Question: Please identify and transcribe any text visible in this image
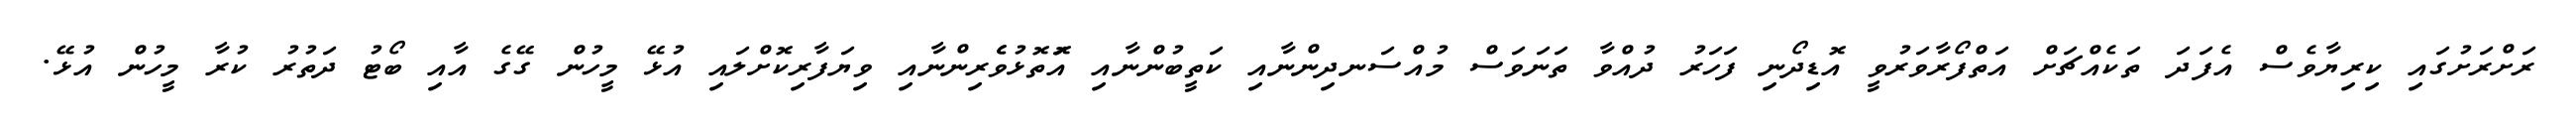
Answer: ރަށްރަށުގައި ކިރިޔާވެސް އެފަދަ ތަކެއްޗަށް އަތްފޯރާވަރުވީ އޮޑިދޯނި ފަހަރު ދުއްވާ ތަނަވަސް މުއްސަނދިންނާއި ކަތީބުންނާއި އަޮތޮޅުވެެރިންނާއި ވިޔަފާރިކޮށްލައި އުޅޭ މީހުން ގޭގެ އާއި ބޯޓު ދަތުރު ކުރާ މީހުން އުޅޭ.